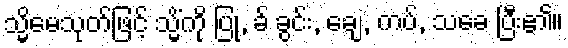
သ္မိမေသုတ်ဖြင့် သ္မိံကို ပြု, ခ် ခွင်း, ချေ, ကပ်, သခေ ပြီး၏။